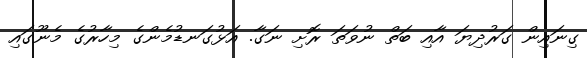
ގިނައިން ގަރުދިޔަ އާއި ބަތް ނުވަތަ ރޮށި ނަގާ. އަޅުގަނޑުމެންގެ މިހާރުގެ މެނޫގައި